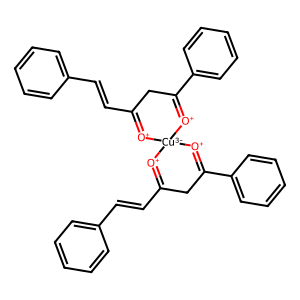
SMILES: C(=Cc1ccccc1)C1=[O+][Cu-3]2([O+]=C(C=Cc3ccccc3)CC(c3ccccc3)=[O+]2)[O+]=C(c2ccccc2)C1
Inhibits HIV replication: No